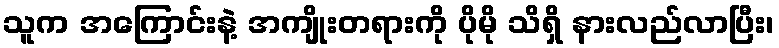
သူက အကြောင်းနဲ့ အကျိုးတရားကို ပိုမို သိရှိ နားလည်လာပြီး၊